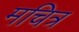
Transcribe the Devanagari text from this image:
मचित्र